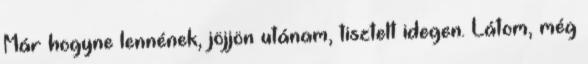
Már hogyne lennének, jöjjön utánam, tisztelt idegen. Látom, még